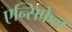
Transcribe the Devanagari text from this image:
एन्सिफेल